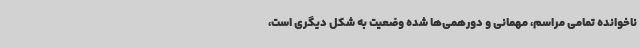
ناخوانده تمامی مراسم، مهمانی و دورهمی‌ها شده وضعیت به شکل دیگری است،